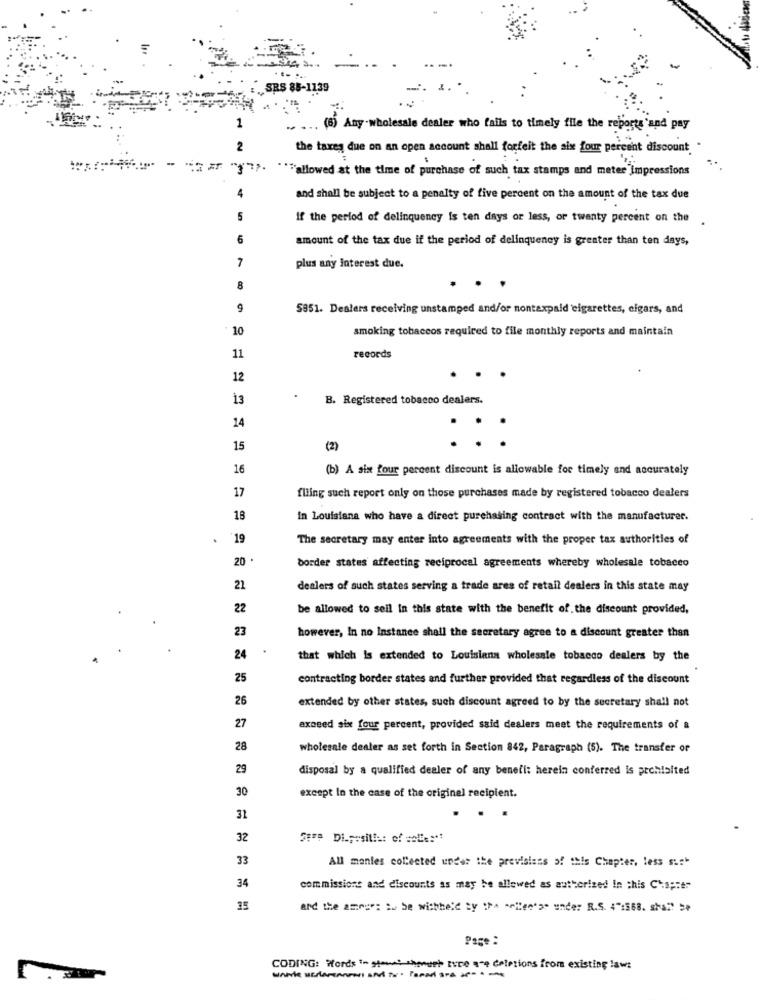
SRS 85-1139
-.
. (6) Any wholesale dealer who fails to timely file the reports and pay
the taxes due on an open account shall forfeit the six four percent discount
""""allowed at the time of purchase of such tax stamps and meter impressions
4
and shall be subject to a penalty of five percent on the amount of the tax due
5
if the period of delinquency is ten days or less, or twenty percent on the
6
amount of the tax due if the period of delinquency is greater than ten days,
7
plus any Interest due.
9
5851. Dealers receiving unstamped and/or nontaxpaid cigarettes, cigars, and
10
smoking tobaccos required to file monthly reports and maintain
11
records
12
13
B. Registered tobacco dealers.
14
15
(2)
16
(b) A six four percent discount is allowable for timely and accurately
17
fliing such report only on those purchases made by registered tobacco dealers
18
In Louisiana who have a direct purchasing contract with the manufacturer.
.
"19
The secretary may enter into agreements with the proper tax authorities of
20 .
border states affecting reciprocal agreements whereby wholesale tobacco
21
dealers of such states serving a trade ares of retail dealers in this state may
22
be allowed to sell In this state with the benefit of. the discount provided,
23
however, In no Instance shall the secretary agree to a discount greater than
.
24
that which is extended to Louisiana wholesale tobacco dealers by the
25
contracting border states and further provided that regardless of the discount
26
extended by other states, such discount agreed to by the secretary shall not
27
exceed six four percent, provided said dealers meet the requirements of &
28
wholesale dealer as set forth in Section 842, Paragraph (5). The transfer of
29
disposal by a qualified dealer of any benefi: herein conferred is prohibited
30
except In the case of the original recipient.
31
32
SFFP Di.positie: of == C ::**
33
All manles collected under the previsiens o! this Chapter, less sist
34
commissione and discounts as may be allowed as authorized In this Chapter
15
and the amor: = be withheld by the milenar under R.S. 4":568. shall be
Page :
CODING: Words "- stew! sheeh tvre are deletions from existing laws
-